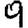
Digit: 9